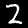
Digit: 2